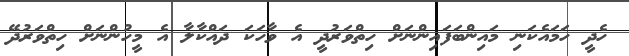
ހެދީ ހަމައެކަނި މައިންބަފައިންނަށް ހިތްވަރުދީ އެ ވާހަކަ ދައްކާލާ އެ މީހުންނަށް ހިތްވަރުދޭ